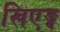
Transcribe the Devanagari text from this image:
खिएङ्ग